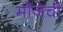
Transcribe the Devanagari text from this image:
मौजेची